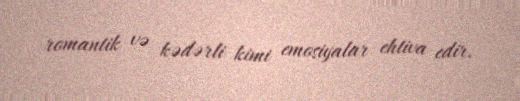
romantik və kədərli kimi emosiyalar ehtiva edir.